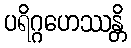
ပရိဂ္ဂဟေဿန္တိ